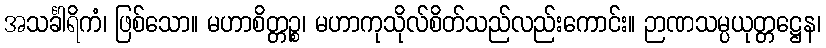
အသင်္ခါရိကံ၊ ဖြစ်သော။ မဟာစိတ္တဉ္စ၊ မဟာကုသိုလ်စိတ်သည်လည်းကောင်း။ ဉာဏသမ္ပယုတ္တဋ္ဌေန၊